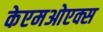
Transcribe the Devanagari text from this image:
केएमओएक्स